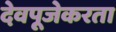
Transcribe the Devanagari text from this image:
देवपूजेकरता